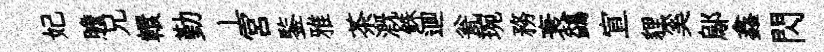
妃膽兄轘勤丄宮鍳雅茶溉銖逥瓮琬務衰鷁宣貍奚鄔鑫閃